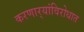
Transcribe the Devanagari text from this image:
करणार्‍यांविरोधात